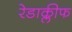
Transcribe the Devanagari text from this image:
रेडाक्लीफ